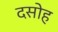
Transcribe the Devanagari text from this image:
दसोह